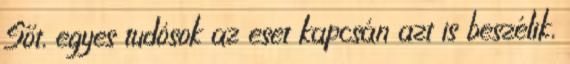
Sőt, egyes tudósok az eset kapcsán azt is beszélik,